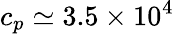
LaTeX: c_{p}\simeq 3.5\times 10^{4}